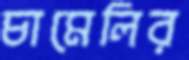
চামেলির